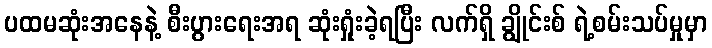
ပထမဆုံးအနေနဲ့ စီးပွားရေးအရ ဆုံးရှုံးခဲ့ရပြီး လက်ရှိ ချွိုင်းစ် ရဲ့စမ်းသပ်မှုမှာ